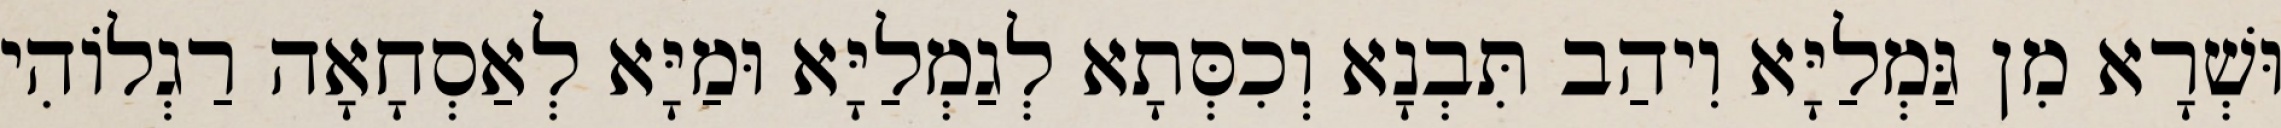
וּשְׁרָא מִן גַּמְלַיָּא וִיהַב תִּבְנָא וְכִסְּתָא לְגַמְלַיָּא וּמַיָּא לְאַסְחָאָה רַגְלוֹהִי